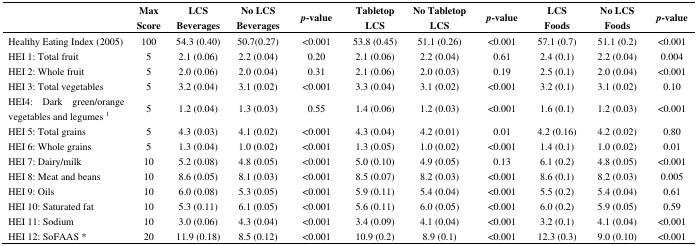
<table><thead><tr><td></td><td><b>Max Score</b></td><td><b>LCS Beverages</b></td><td><b>No LCS Beverages</b></td><td><b><i>p</i>-value</b></td><td><b>Tabletop LCS</b></td><td><b>No Tabletop LCS</b></td><td><b><i>p</i>-value</b></td><td><b>LCS Foods</b></td><td><b>No LCS Foods</b></td><td><b><i>p</i>-value</b></td></tr></thead><tbody><tr><td>Healthy Eating Index (2005) </td><td>100</td><td>54.3 (0.40)</td><td>50.7(0.27)</td><td>&lt;0.001</td><td>53.8 (0.45)</td><td>51.1 (0.26)</td><td>&lt;0.001</td><td>57.1 (0.7)</td><td>51.1 (0.2)</td><td>&lt;0.001</td></tr><tr><td>HEI 1: Total fruit</td><td>5</td><td>2.1 (0.06)</td><td>2.2 (0.04)</td><td>0.20</td><td>2.1 (0.06)</td><td>2.2 (0.04)</td><td>0.61</td><td>2.4 (0.1)</td><td>2.2 (0.04)</td><td>0.004</td></tr><tr><td>HEI 2: Whole fruit</td><td>5</td><td>2.0 (0.06)</td><td>2.0 (0.04)</td><td>0.31</td><td>2.1 (0.06)</td><td>2.0 (0.03)</td><td>0.19</td><td>2.5 (0.1)</td><td>2.0 (0.04)</td><td>&lt;0.001</td></tr><tr><td>HEI 3: Total vegetables</td><td>5</td><td>3.2 (0.04)</td><td>3.1 (0.02)</td><td>&lt;0.001</td><td>3.3 (0.04)</td><td>3.1 (0.02)</td><td>&lt;0.001</td><td>3.2 (0.1)</td><td>3.1 (0.02)</td><td>0.10</td></tr><tr><td>HEI4: Dark green/orange vegetables and legumes <sup>1</sup></td><td>5</td><td>1.2 (0.04)</td><td>1.3 (0.03)</td><td>0.55</td><td>1.4 (0.06)</td><td>1.2 (0.03)</td><td>&lt;0.001</td><td>1.6 (0.1)</td><td>1.2 (0.03)</td><td>&lt;0.001</td></tr><tr><td>HEI 5: Total grains</td><td>5</td><td>4.3 (0.03)</td><td>4.1 (0.02)</td><td>&lt;0.001</td><td>4.3 (0.04)</td><td>4.2 (0.01)</td><td>0.01</td><td>4.2 (0.16)</td><td>4.2 (0.02)</td><td>0.80</td></tr><tr><td>HEI 6: Whole grains</td><td>5</td><td>1.3 (0.04)</td><td>1.0 (0.02)</td><td>&lt;0.001</td><td>1.3 (0.05)</td><td>1.0 (0.02)</td><td>&lt;0.001</td><td>1.4 (0.1)</td><td>1.0 (0.02)</td><td>0.01</td></tr><tr><td>HEI 7: Dairy/milk</td><td>10</td><td>5.2 (0.08)</td><td>4.8 (0.05)</td><td>&lt;0.001</td><td>5.0 (0.10)</td><td>4.9 (0.05)</td><td>0.13</td><td>6.1 (0.2)</td><td>4.8 (0.05)</td><td>&lt;0.001</td></tr><tr><td>HEI 8: Meat and beans</td><td>10</td><td>8.6 (0.05)</td><td>8.1 (0.03)</td><td>&lt;0.001</td><td>8.5 (0.07)</td><td>8.2 (0.03)</td><td>&lt;0.001</td><td>8.6 (0.1)</td><td>8.2 (0.03)</td><td>0.005</td></tr><tr><td>HEI 9: Oils</td><td>10</td><td>6.0 (0.08)</td><td>5.3 (0.05)</td><td>&lt;0.001</td><td>5.9 (0.11)</td><td>5.4 (0.04)</td><td>&lt;0.001</td><td>5.5 (0.2)</td><td>5.4 (0.04)</td><td>0.61</td></tr><tr><td>HEI 10: Saturated fat</td><td>10</td><td>5.3 (0.11)</td><td>6.1 (0.05)</td><td>&lt;0.001</td><td>5.6 (0.11)</td><td>6.0 (0.05)</td><td>&lt;0.001</td><td>6.0 (0.2)</td><td>5.9 (0.05)</td><td>0.59</td></tr><tr><td>HEI 11: Sodium </td><td>10</td><td>3.0 (0.06)</td><td>4.3 (0.04)</td><td>&lt;0.001</td><td>3.4 (0.09)</td><td>4.1 (0.04)</td><td>&lt;0.001</td><td>3.2 (0.1)</td><td>4.1 (0.04)</td><td>&lt;0.001</td></tr><tr><td>HEI 12: SoFAAS *</td><td>20</td><td>11.9 (0.18)</td><td>8.5 (0.12)</td><td>&lt;0.001</td><td>10.9 (0.2)</td><td>8.9 (0.1)</td><td>&lt;0.001</td><td>12.3 (0.3)</td><td>9.0 (0.10)</td><td>&lt;0.001</td></tr></tbody></table>